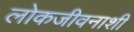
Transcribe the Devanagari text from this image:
लोकजीवनाशी